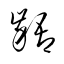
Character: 齬